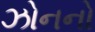
ઝોનનો